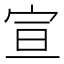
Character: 宣